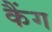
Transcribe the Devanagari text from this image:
कैंग